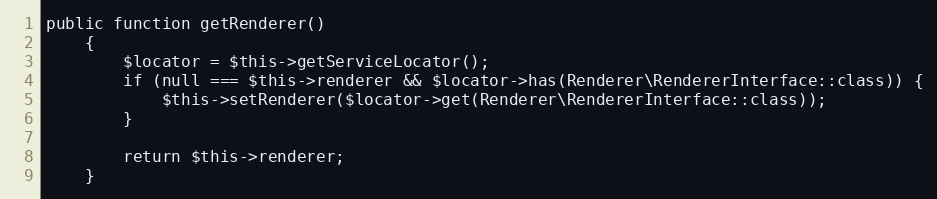
Language: PHP
public function getRenderer()
    {
        $locator = $this->getServiceLocator();
        if (null === $this->renderer && $locator->has(Renderer\RendererInterface::class)) {
            $this->setRenderer($locator->get(Renderer\RendererInterface::class));
        }

        return $this->renderer;
    }